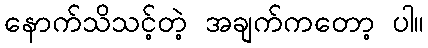
နောက်သိသင့်တဲ့ အချက်ကတော့ ပါ။